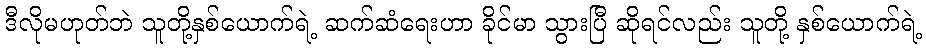
ဒီလိုမဟုတ်ဘဲ သူတို့နှစ်ယောက်ရဲ့ ဆက်ဆံရေးဟာ ခိုင်မာ သွားပြီ ဆိုရင်လည်း သူတို့ နှစ်ယောက်ရဲ့